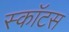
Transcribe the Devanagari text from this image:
स्काॅटस